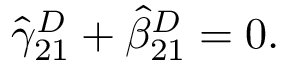
\hat { \gamma } _ { 2 1 } ^ { D } + \hat { \beta } _ { 2 1 } ^ { D } = 0 .